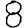
Digit: 8